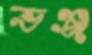
ভঞ্জ